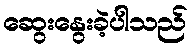
ဆွေးနွေးခဲ့ပါသည်